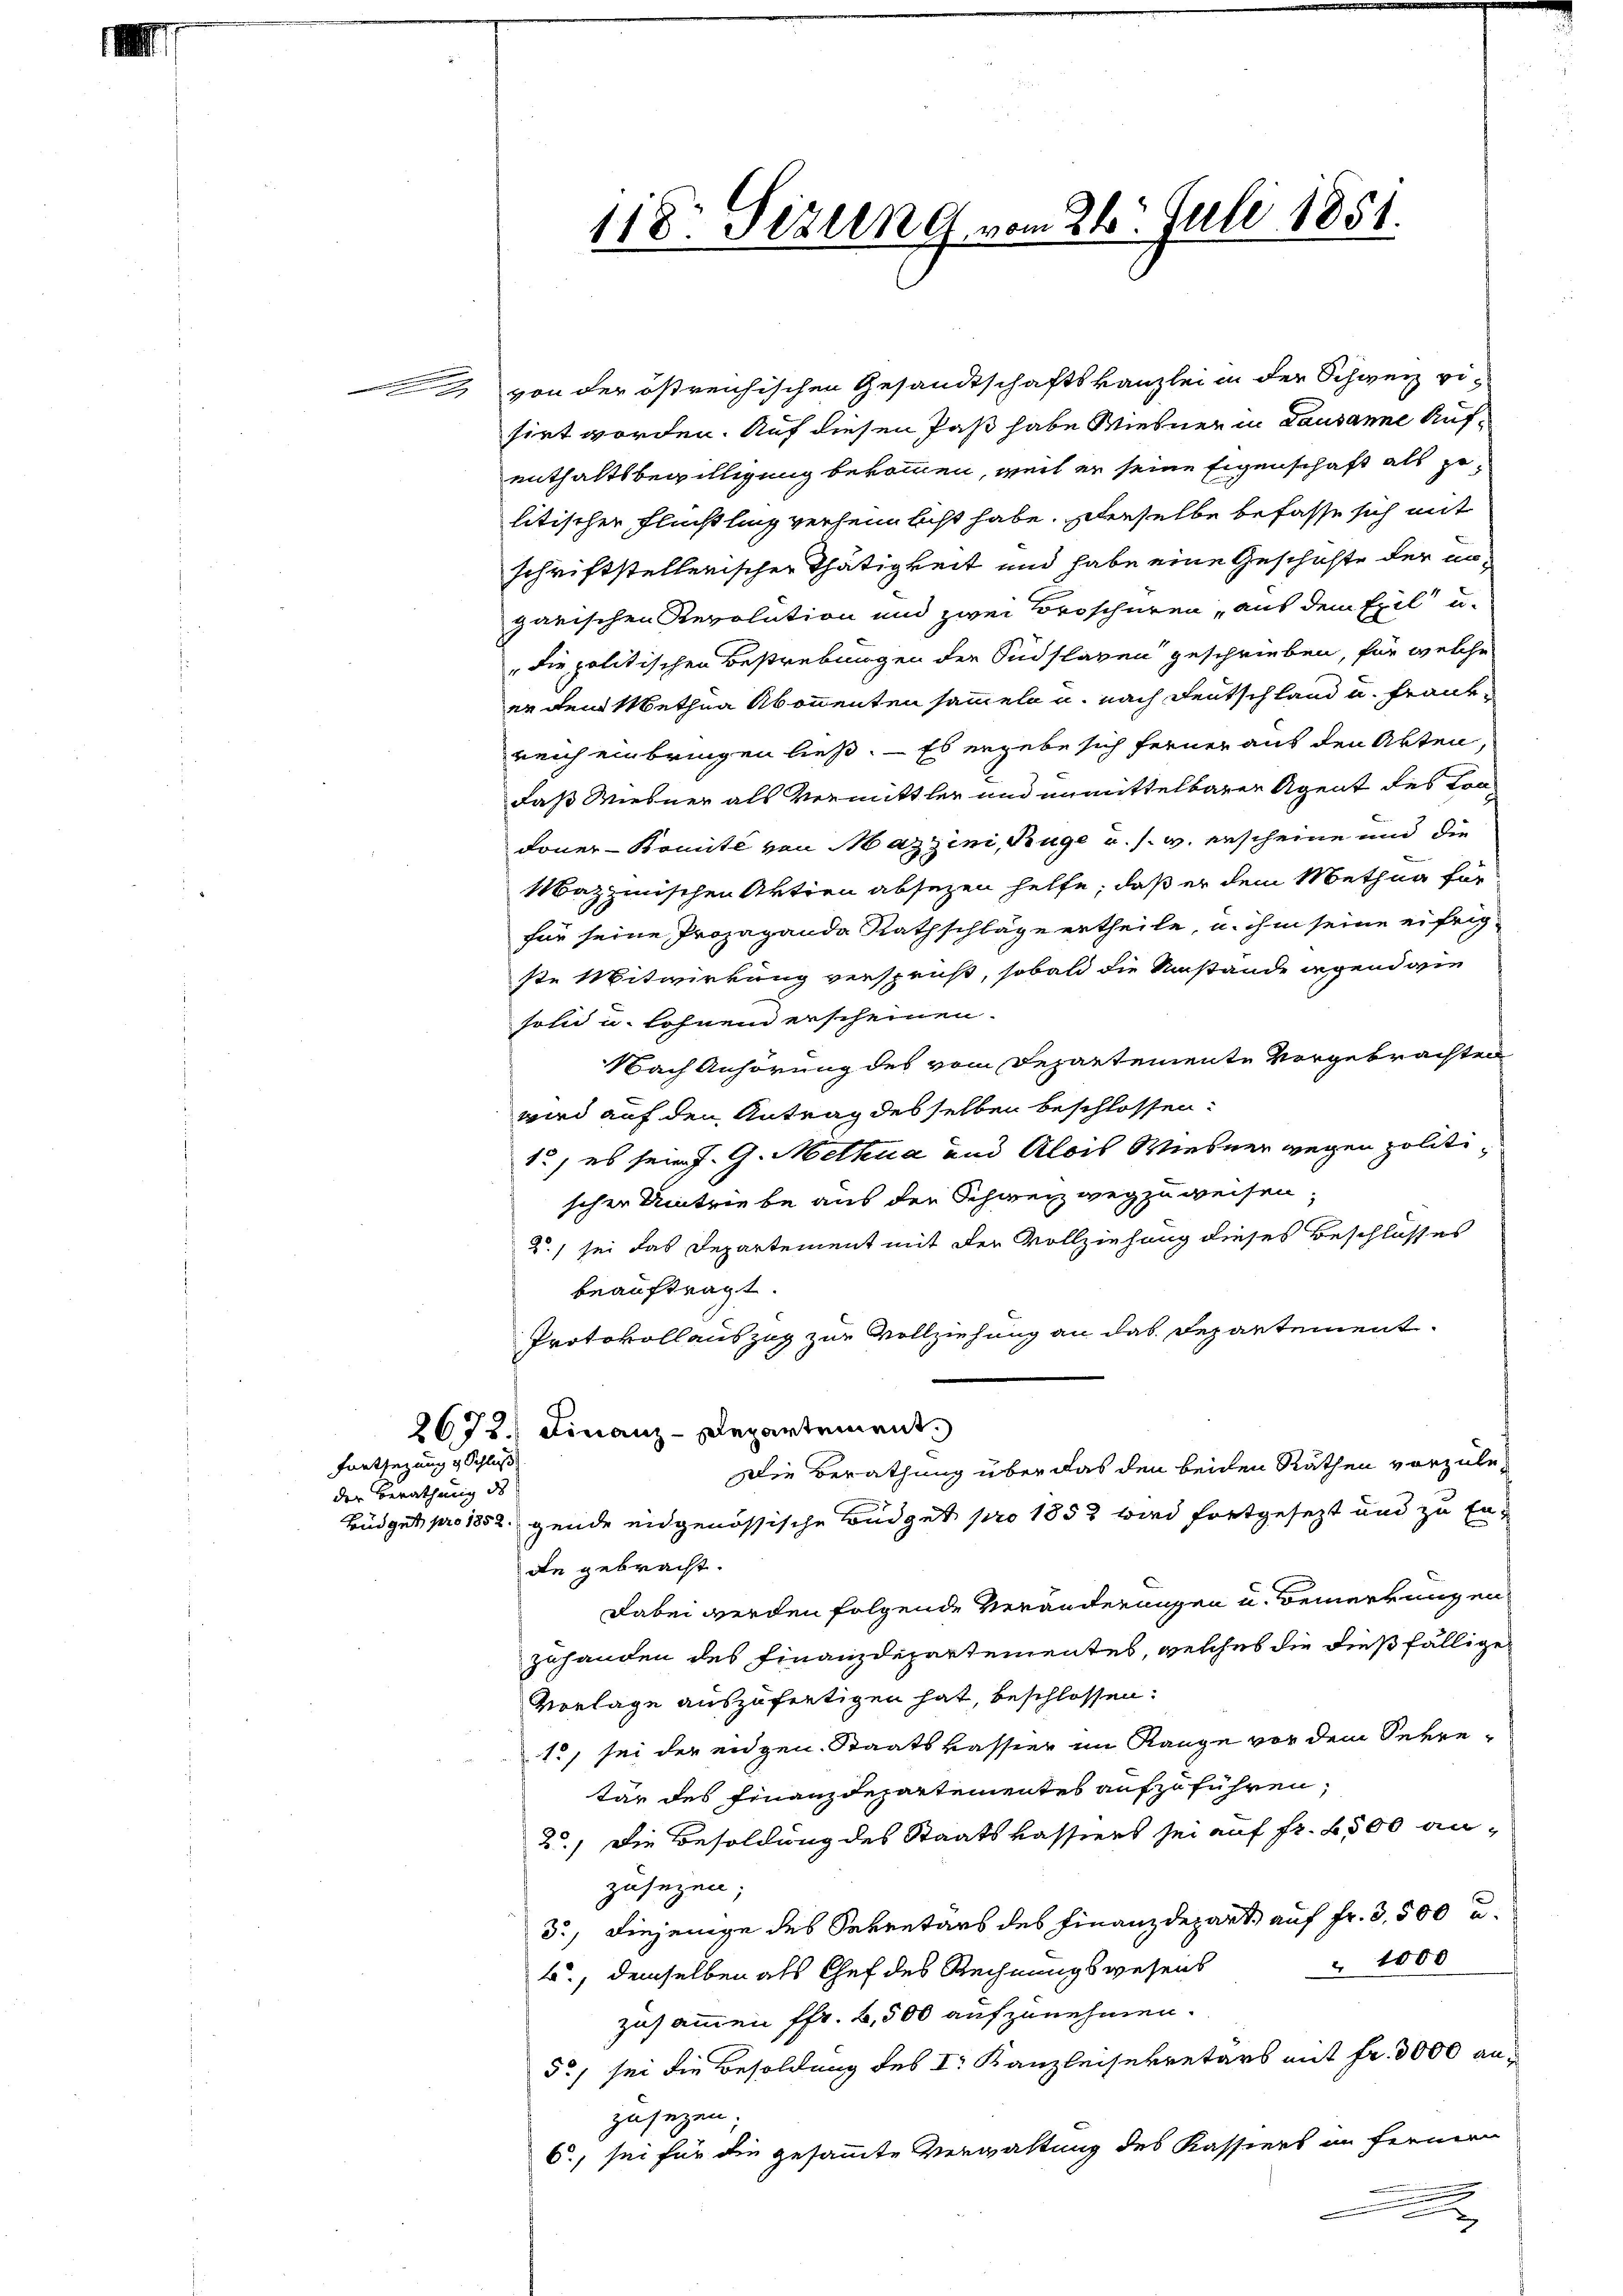
der Berathung des

Fortsetzung v. Schluß

von der östreichischen Gesandtschaftskanzlei in der Schweiz vo
sirt worden. Auf diesen Paß habe Wiesner in Lausanne Aufenthaltsbewilligung bekommen, weil er seine Eigenschaft als zu
litischer Flüchtling verheimlicht habe, denselbe befasse sich mit
schriftstellerischer Thätigkeit und habe eine Geschichte der no
garischen Revolution und zwei Broscheren, auf dem Exil u.
die politischen Bestrebungen der Südflagen geschrieben, für welche
er dem Metha Abonnenten sammeln u. nach deutschland u. Frankreich einbringen ließ. — Es ergebe sich ferner auf den Akten,
daß Wiesner als Vermittler und unmittelbaren Agent des Condoner-Komité von Mazzini, Rüge u. s. w. erscheine und die
Mazzinischen Aktien absezen helfe, daß er dem Methun für
für seine Prozaganda Rathschläge ertheile, u. ihm seine eifrig
ste Mitwirkung versprust, sobald die Umstände irgend wie
sohn u. lohnen erscheinen.
Nach Anhörung des vom Departemente vorgebrachten
wird auf den Antrag des selben beschlossen:
1., es sein J. G. Methua und Alois Wiesner wegen politischer Umtriebe aus den Schweiz weg zu weisen,
2) sei das Departement mit der Vollziehung dieses Beschlosses
beauftragt.
Protokollauszug zur Vollziehung an das Departement.
2672. Finanz-Departement.
Die Berathung über das den beiden Räthen vorzule-
Büdget pro 1852. gende engenössische Büdget pro 1852 wird fortgesezt und zu Ende gebracht.
Dabei werden folgende Veränderungen u. Bemerkungen
zuhanden des Finanzdepartementes, welches die dießfällige
Vorlage auszufertigen hat, beschlossen:
15, sei der eidgen. Staatskassier im Range vor dem Sekre-
tär des Finanzdepartementes aufzuführen,
2.) Die Besoldung des Staatskassiers sei auf fr. 6500 an-
zusezen;
3.) Diejenige des Sekretärs des Finanzdepart, auf Fr. 3,500 u.
" 1000
a, demselben als Chef des Rechnungswesens
zusammen ffr. 2,500 aufzunehmen.
5c) sei die Besoldung des I. Kanzleisekretärs mit Fr. 3000 anzusezen,
6., sei für die gesammte Verwaltung des Kassiert im fernern
x

118. Fizung vom 26. Juli 1851.